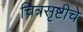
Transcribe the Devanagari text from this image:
चित्रसृष्टीचे